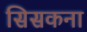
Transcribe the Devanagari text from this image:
सिसकना